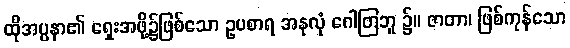
ထိုအပ္ပနာ၏ ရှေးအဖို့၌ဖြစ်သော ဥပစာရ အနုလုံ ဂေါတြဘူ ၌။ ဇာတာ၊ ဖြစ်ကုန်သော